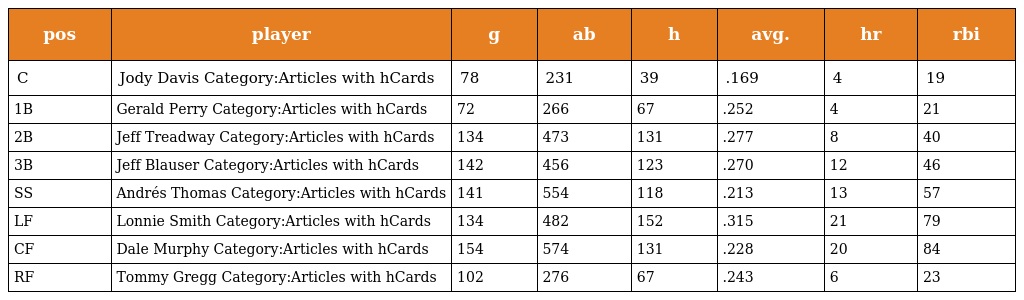
| pos | player | g | ab | h | avg. | hr | rbi |
 | --- | --- | --- | --- | --- | --- | --- | --- |
 | C | Jody Davis Category:Articles with hCards | 78 | 231 | 39 | .169 | 4 | 19 |
 | 1B | Gerald Perry Category:Articles with hCards | 72 | 266 | 67 | .252 | 4 | 21 |
 | 2B | Jeff Treadway Category:Articles with hCards | 134 | 473 | 131 | .277 | 8 | 40 |
 | 3B | Jeff Blauser Category:Articles with hCards | 142 | 456 | 123 | .270 | 12 | 46 |
 | SS | Andrés Thomas Category:Articles with hCards | 141 | 554 | 118 | .213 | 13 | 57 |
 | LF | Lonnie Smith Category:Articles with hCards | 134 | 482 | 152 | .315 | 21 | 79 |
 | CF | Dale Murphy Category:Articles with hCards | 154 | 574 | 131 | .228 | 20 | 84 |
 | RF | Tommy Gregg Category:Articles with hCards | 102 | 276 | 67 | .243 | 6 | 23 |